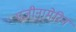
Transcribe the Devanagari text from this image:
एजीनामेरिन